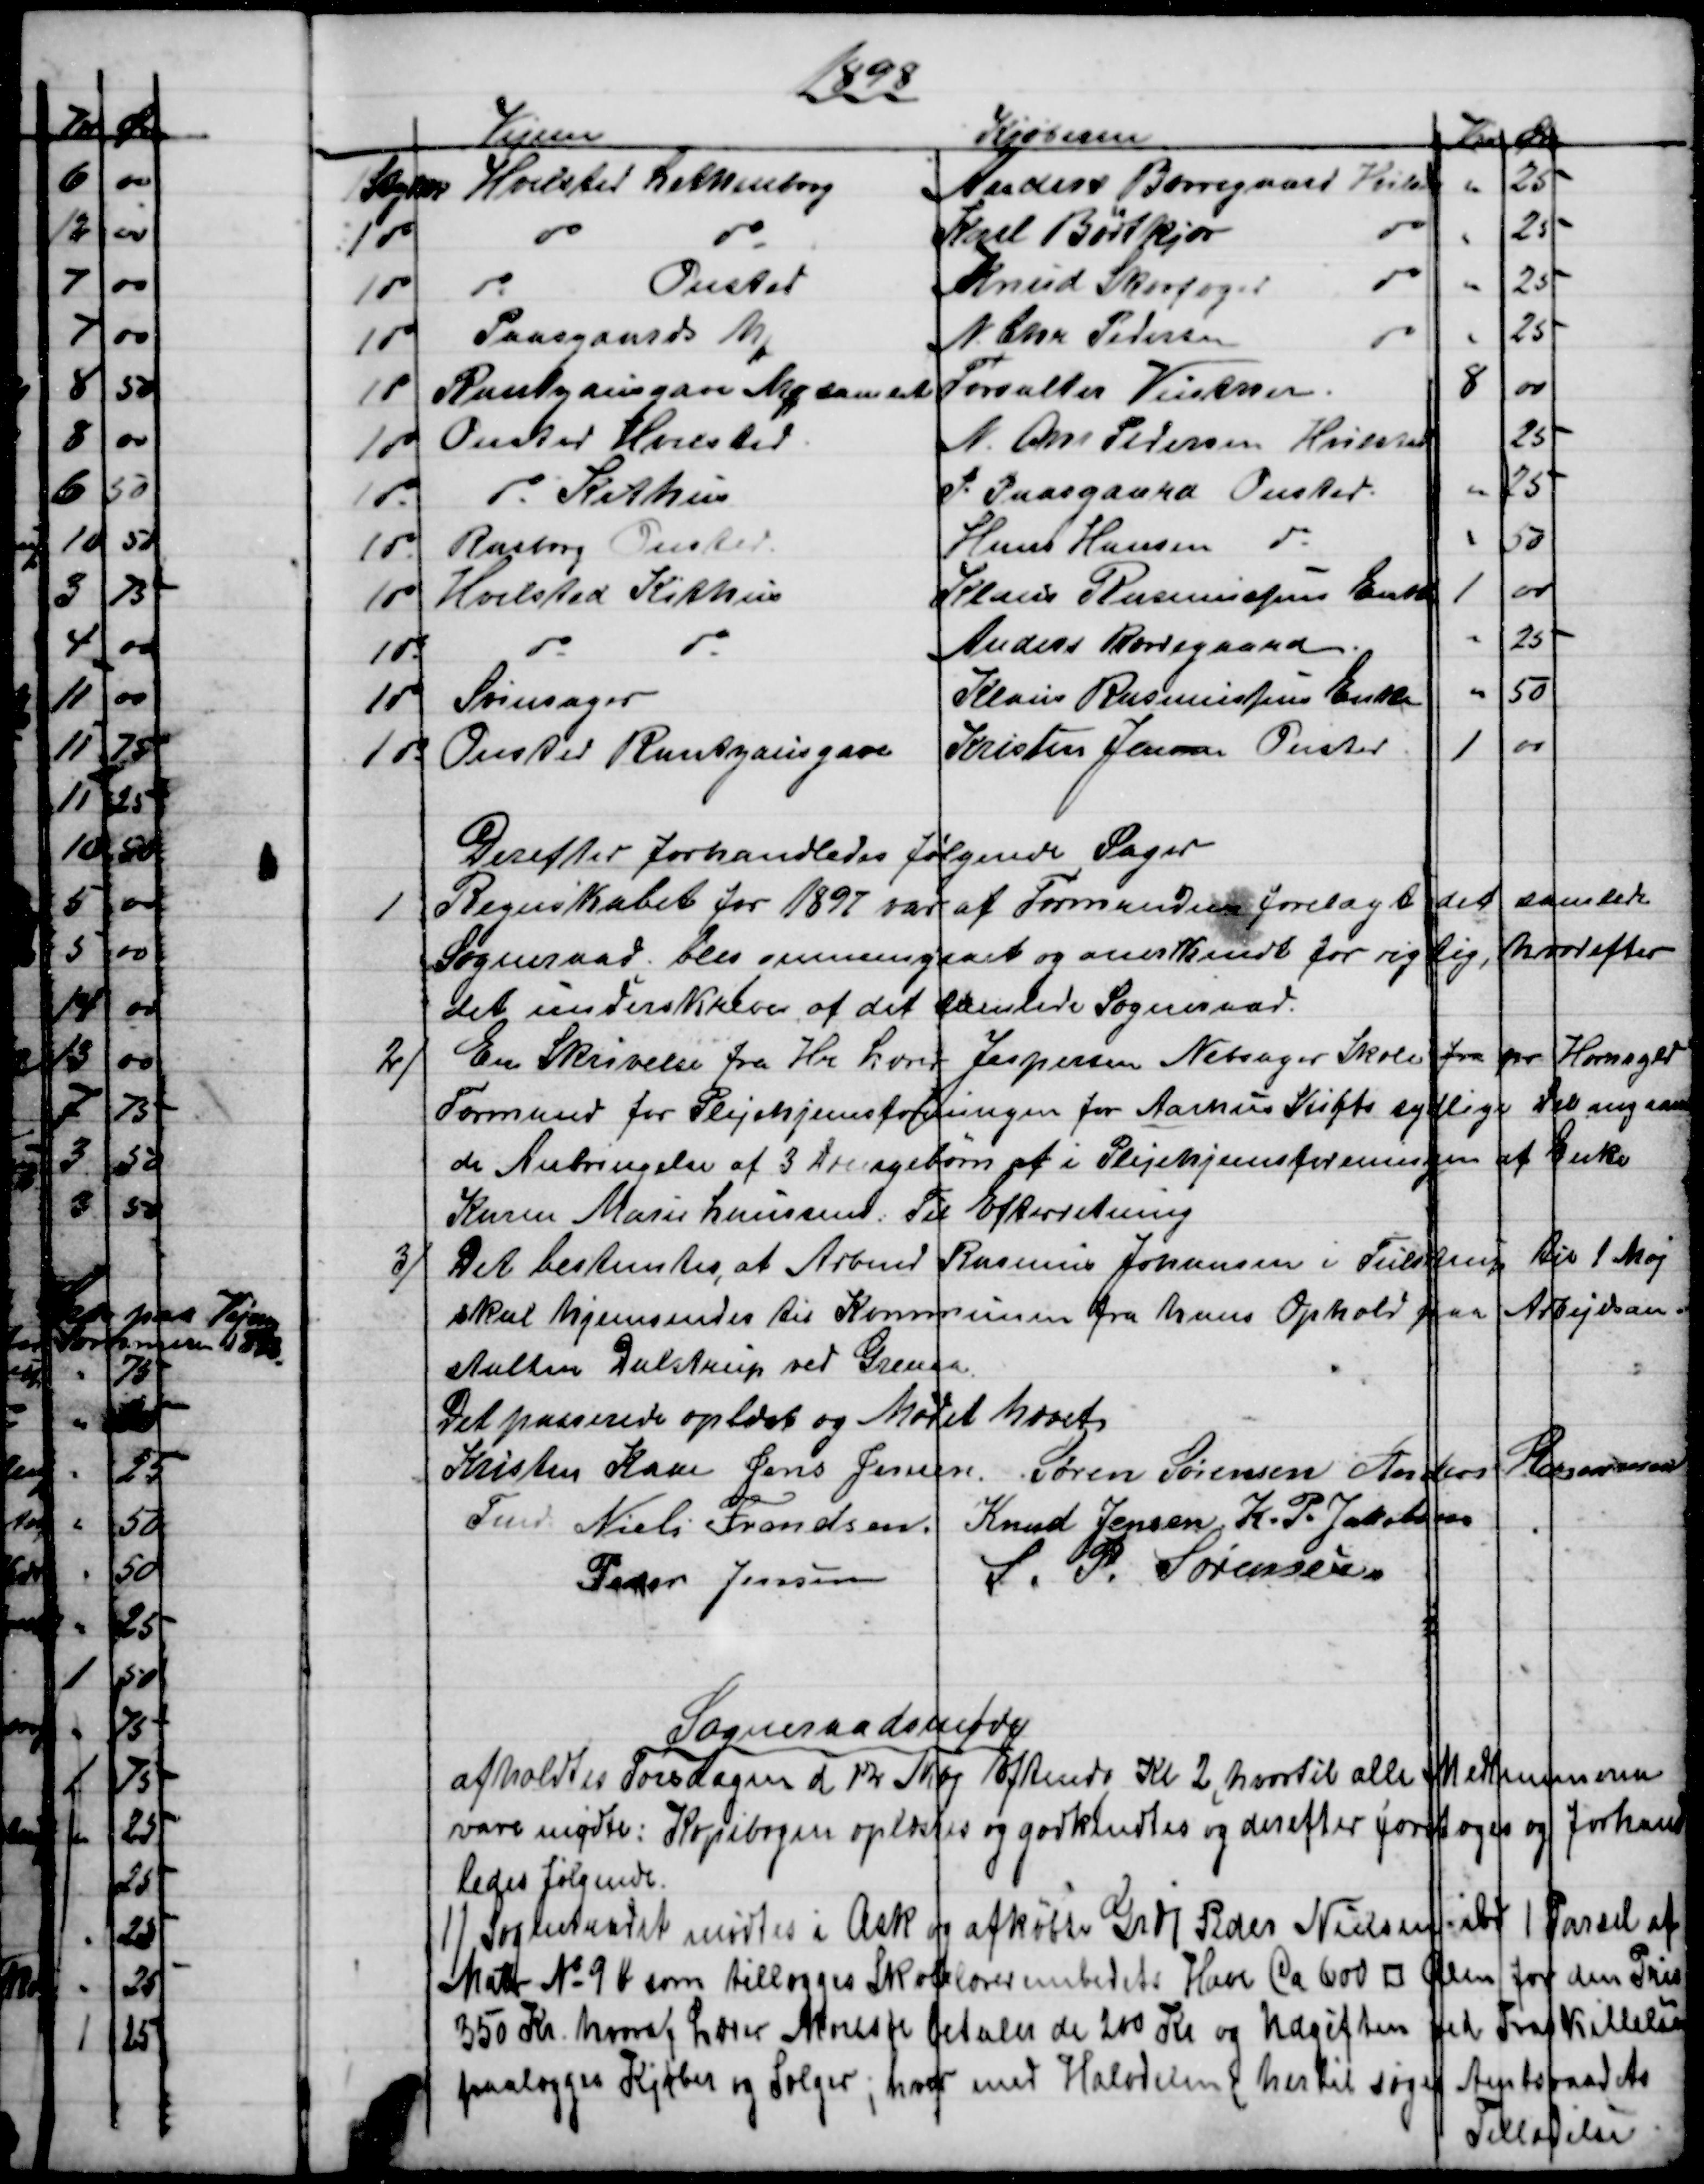
Transskription:
1898
Vejene
Kjøberen
Kr 
Øre
1 Stykke
Hvilsted Lethenborg
Anders Borregaard Hvilst
25
1 do
do
do
Karl Bødtkjær
do
25
1 do
do
Onsted
Knud Skovfoged
do
25
1 do
Paasgaards Mk
N. Chr. Pedersen
do
25
1 do
Rantzausgave Mk samlet
Forvalter Vinther.
8
00
1 do
Onsted Hvilsted
N. Chr Pedersen Hvilsted
25
1 do
do Kithus
P. Paasgaard Onsted.
25
1 do
Rasborg Onsted
Hans Hansen do
50
1 do
Hvilsted Kirhus
Klaus Rasmussens Enke
1
00
1 do
do
do
Anders Borregaard
25
1 do
Svinsager
Klaus Rasmussens Enke
50
1 do
Onsted Rantzausgave
Kristen Jensen Onsted
1
00
Derefter forhandledes følgende Sager
1
Regnskabet for 1897 var af Formanden forelagt det samlede 
Sogneraad. blev gennemgaaet og anerkendt for rigtig, hvorefter
det underskreves af det samlede Sogneraad.
2)
En Skrivelse fra Hr Lærer Jespersen Nebsager Skole fra pr Hornsyld
Formand for Plejehjemsforeningen for Aarhus Stifts sydlige Del angaaende
de Anbringelser af 3 Drengebørn af i Plejehjemsforeningen af Enke
Karen Marie Laursen. Til Efterretning 
3)
Det bestemtes, at Arbmd Rasmus Johansen i Tulstrup til 1 Maj
skal hjemsendes til Kommunen fra hans Ophold paa Arbejdsan-   
stalten Dalstrup ved Grenaa.
Det passerede oplæst og Mødet hævet.
Kristen Kaae    
Fmd. 
Jens Jensen
Søren Sørensen  Anders Rasmussen
Niels Frandsen
Knud Jensen  K. P. Jakobsen
Peder Jensen   
S. P. Sørensen
Sogneraadsmøde
afholdtes Torsdagen d 12 Maj Eftmd Kl. 2, hvortil alle Medlemmerne
vare mødte: Kopibogen oplæstes og godkendtes og derefter foretoges og forhand-
ledes følgende.
1) Sogneraadet mødtes i Ask og afkøbte Grdj Peder Nielsen ibd 1 Parsel af
Matr № 9b som tillægges Skolelærerembedets Have Ca 600 □ Alen for den Pris
350 Kr. hvoraf Lærer Moresøe betaler de 200 Kr og Udgiften ved Fraskillelse
paalægges Kjøber og Sælger; hvor med Halvdelen hertil søges Amtsraadets
Tilladelse.